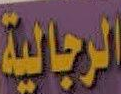
الرجالية